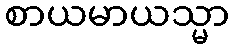
စာယမာယသ္မာ